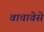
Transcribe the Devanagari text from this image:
वाचावेसे